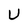
Character: U